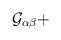
LaTeX: \begin{align*}\mathcal{G}_{\alpha\beta}+\end{align*}